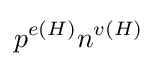
p^{e(H)}n^{v(H)}